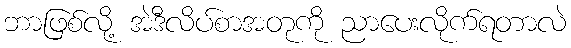
ဘာဖြစ်လို့ အဲဒီလိပ်စာအတုကို ညာပေးလိုက်ရတာလဲ